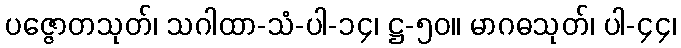
ပဇ္ဇောတသုတ်၊ သဂါထာ-သံ-ပါ-၁၄၊ ဋ္ဌ-၅၀။ မာဂဓသုတ်၊ ပါ-၄၄၊